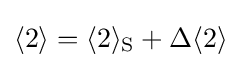
\langle 2\rangle =\langle 2\rangle _{\mathrm {S} }+\Delta \langle 2\rangle